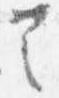
之